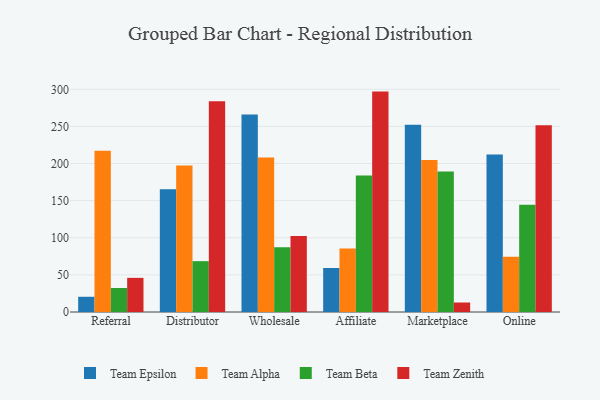
{"axis": {"x": "Channel", "y": "Budget (USD K)"}, "legend": ["Team Alpha", "Team Beta", "Team Epsilon", "Team Zenith"], "data": [{"x": "Referral", "y": 20.5, "type": "Team Epsilon"}, {"x": "Referral", "y": 217.2, "type": "Team Alpha"}, {"x": "Referral", "y": 32.3, "type": "Team Beta"}, {"x": "Referral", "y": 46.0, "type": "Team Zenith"}, {"x": "Distributor", "y": 165.4, "type": "Team Epsilon"}, {"x": "Distributor", "y": 197.5, "type": "Team Alpha"}, {"x": "Distributor", "y": 68.5, "type": "Team Beta"}, {"x": "Distributor", "y": 283.8, "type": "Team Zenith"}, {"x": "Wholesale", "y": 266.0, "type": "Team Epsilon"}, {"x": "Wholesale", "y": 208.0, "type": "Team Alpha"}, {"x": "Wholesale", "y": 87.1, "type": "Team Beta"}, {"x": "Wholesale", "y": 102.4, "type": "Team Zenith"}, {"x": "Affiliate", "y": 59.3, "type": "Team Epsilon"}, {"x": "Affiliate", "y": 85.5, "type": "Team Alpha"}, {"x": "Affiliate", "y": 183.9, "type": "Team Beta"}, {"x": "Affiliate", "y": 296.9, "type": "Team Zenith"}, {"x": "Marketplace", "y": 252.1, "type": "Team Epsilon"}, {"x": "Marketplace", "y": 204.7, "type": "Team Alpha"}, {"x": "Marketplace", "y": 189.2, "type": "Team Beta"}, {"x": "Marketplace", "y": 12.8, "type": "Team Zenith"}, {"x": "Online", "y": 212.2, "type": "Team Epsilon"}, {"x": "Online", "y": 74.4, "type": "Team Alpha"}, {"x": "Online", "y": 144.5, "type": "Team Beta"}, {"x": "Online", "y": 251.6, "type": "Team Zenith"}]}